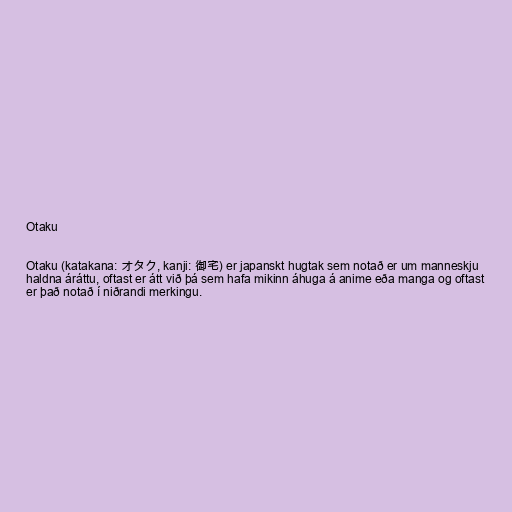
Otaku

Otaku (katakana: オタク, kanji: 御宅) er japanskt hugtak sem notað er um manneskju
haldna áráttu, oftast er átt við þá sem hafa mikinn áhuga á anime eða manga og oftast
er það notað í niðrandi merkingu.